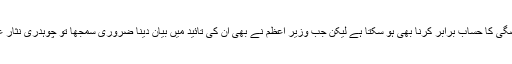
چوہدری نثار علی خان کے بیان کا جزوی مقصد خواجہ آصف سے اپنی ناراضگی کا حساب برابر کرنا بھی ہو سکتا ہے لیکن جب وزیر اعظم نے بھی ان کی تائید میں بیان دینا ضروری سمجھا تو چوہدری نثار علی خان کے صبر کا پیمانہ لبریز ہوگیا اور وہ وزیر اعظم پر بھی برس پڑے۔